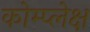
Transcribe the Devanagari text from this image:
कोम्प्लेक्ष